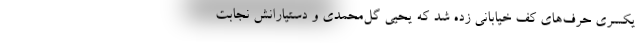
یکسری حرف‌های کف خیابانی زده شد که یحیی گل‌محمدی و دستیارانش نجابت